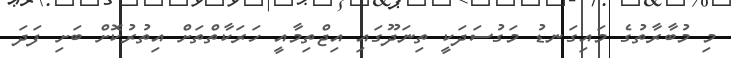
މި މުބާރާތުގެ މައިގަނޑު މަގުސަދަކީ ތިނަދޫގައި އިޖްތިމާއީ ހަރަކާތްތަށް އިތުރުކޮށް ބަށި ފަދަ